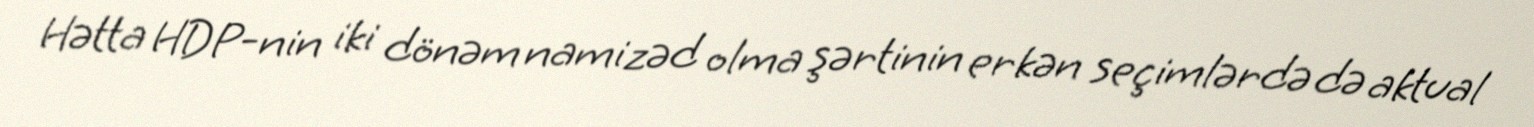
Hətta HDP-nin iki dönəm namizəd olma şərtinin erkən seçimlərdə də aktual